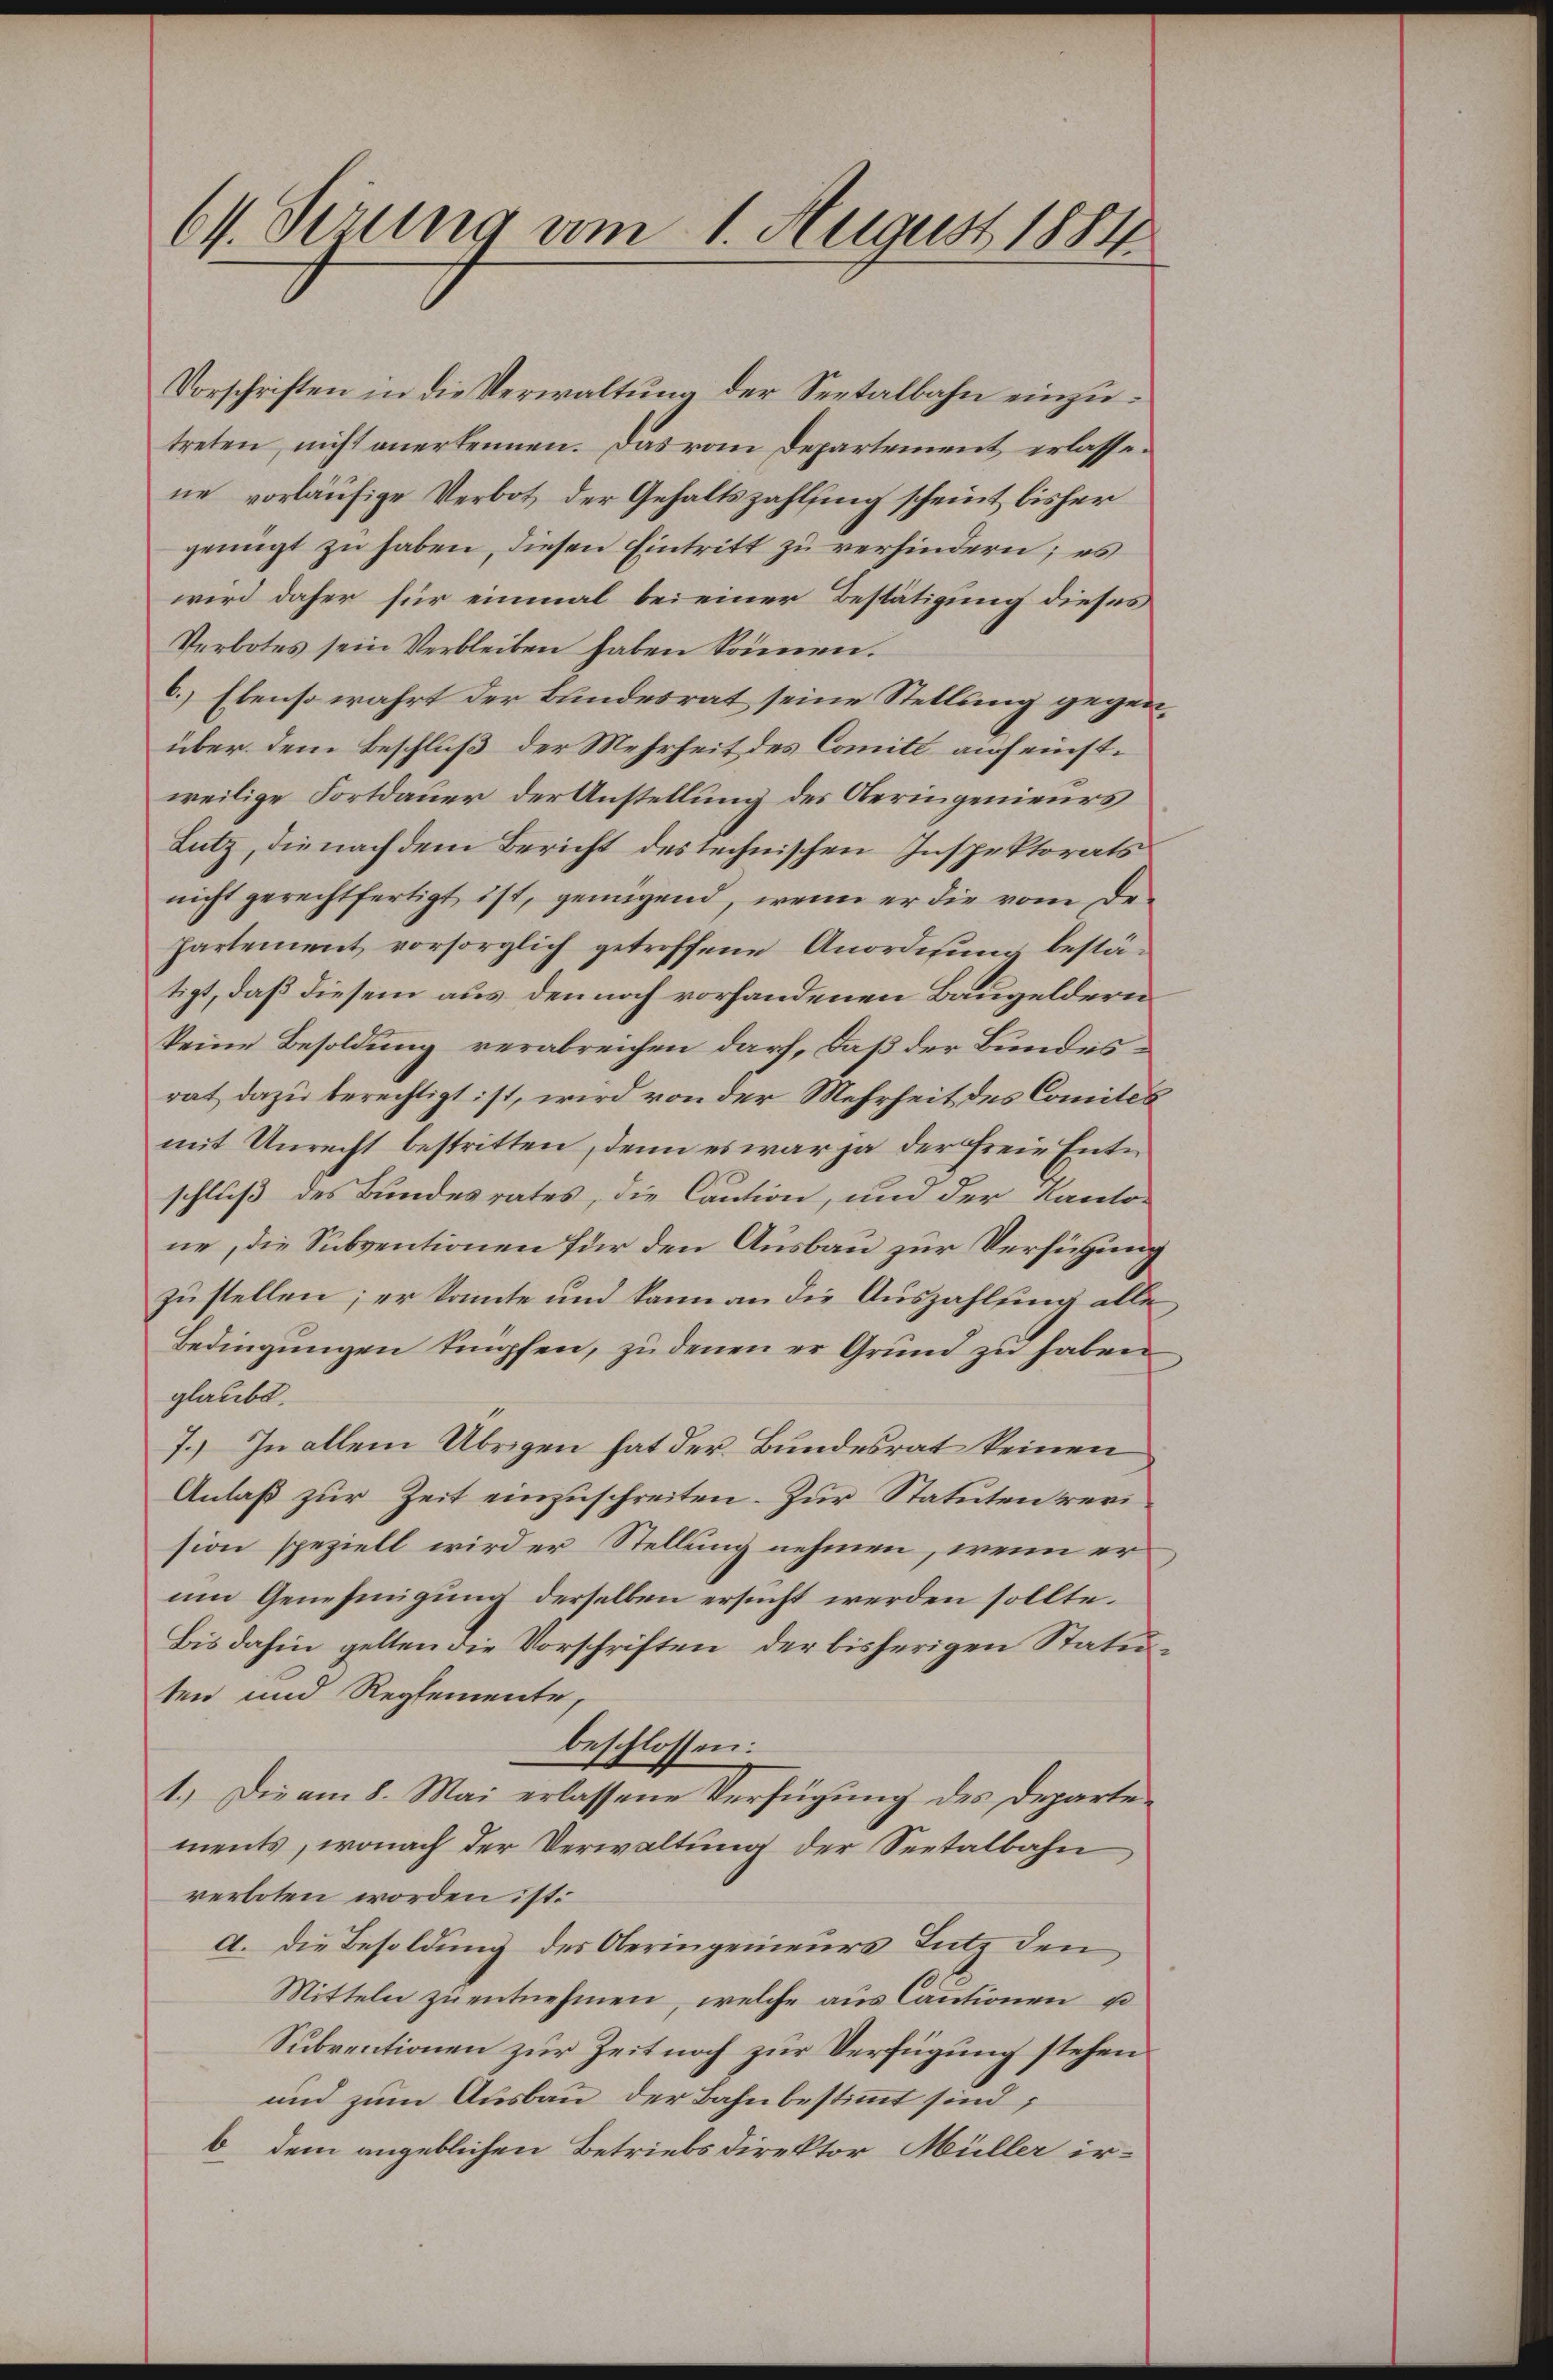
Vorschriften in die Verwaltung der Seetalbahn einzutreten, nicht anerkennen. Das vom Departement erlassene vorläufige Verbot der Gehaltszahlfing scheint bisher
genügt zu haben, diesen Eintritt zu verhindern; es
wird daher für einmal bei einer Bestätigung dieses
Verbotes sein Verbleiben haben können.
6.) Ebenso wahrt der Bundesrat seine Stellung gegenüber dem Beschluß der Mehrheit des Comité auf einstweilige Fortdauer der Anstellung des Oberingenieurs
Lutz, die nach dem Bericht des technischen Inspektorats
nicht gerechtfertigt ist, genügend, wenn er die vom De
hartement vorsorglich getroffene Anordnung bestätigt, daß diesem aus, den noch vorhandenen Baugeldern
keine Besoldung verabreichen darf, daß der Bundesrat dazu berechtigt ist, wird von der Mehrheit des Comités
mit Unrecht bestritten, denn es war ja der freie Entschluß des Bundesrates, die Caution, und der Kantone, die Subventionen für den Ausbau zur Verfügung
zustellen; er konnte und kann an die Auszahlung alle
Bedingŭngen Empfen, zudenen er Grund zu haben
glaubt.
7.) In allem Übrigen hat der Bundesrat keinen
Anlaß zur Zeit einzuschreiten. Zur Statuten verision speziell wird er Stellung nehmen, wenn er
um Genehmigung derselben ersucht werden sollte.
Bis dahin gelten die Vorschriften, der bisherigen Statuten und Reglemente,
beschlossen:
1.) Die am 8. Mai erlassene Verfügung des Departements, wonach der Verwaltung der Seetalbahn
verboten worden ist.
a. Die Besoldung des Oberingenieurs Lutz den
Mitteln zu entnehmen, welche aus Cantionen u
Subventionen zur Zeit noch zur Verfügung stehen
und zum Ausbau der Bahnbestimmt sind;
b dem angeblichen Betriebsdirektor Müller ir¬

61.derung am 1. August 1884